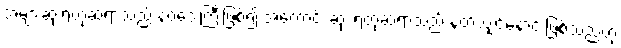
အများဆုံးရတုဆရာသည် နဝဒေးကြီးဖြစ်၍ အကောင်း ဆုံး ရတုဆရာသည် နတ်သျှင်နောင် ဖြစ်သည်ဟု